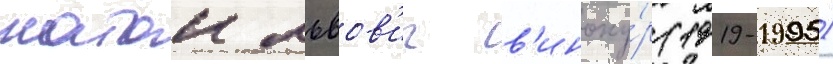
натан львов'ич в'иноку́р (1919-1995)